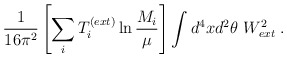
\begin{align*}\frac{1}{16\pi^2} \left[ \sum_i T_i^{(ext)} \ln \frac{M_i}{\mu} \right]\int d^4 x d^2\theta ~ W^2_{ext} \;.\end{align*}